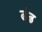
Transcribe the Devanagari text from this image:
ढंढ